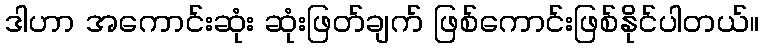
ဒါဟာ အကောင်းဆုံး ဆုံးဖြတ်ချက် ဖြစ်ကောင်းဖြစ်နိုင်ပါတယ်။